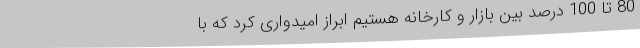
80 تا 100 درصد بین بازار و کارخانه هستیم ابراز امیدواری کرد که با